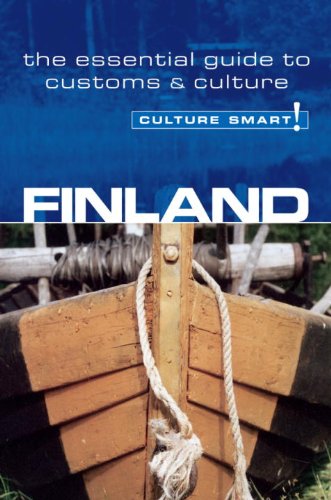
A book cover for Finland: The Essential Guide to Customs & Etiquette (Culture Smart!); Terttu Leney; Travel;